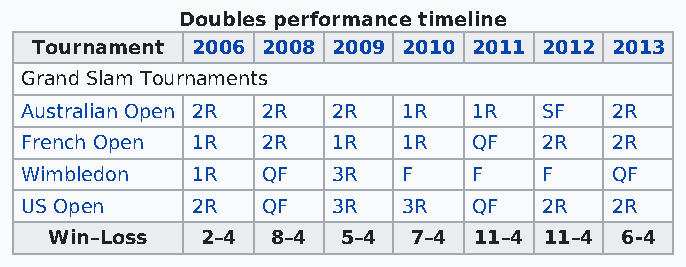
Doubles performance timeline
 Tournament 2006 2008 2009 2010 2011 2012 2013
 Grand Slam Tournaments
 Australian Open 2R 2R 2R  1R  1R   SF  2R
 French Open 1R  2R   1R   1R  QF   2R  2R
 Wimbledon   1R  QF   3R   F   F    F   QF
 US Open     2R  QF   3R   3R  QF   2R  2R
 Win–Loss  2–4  8–4  5–4 7–4 11–4 11–4 6-4